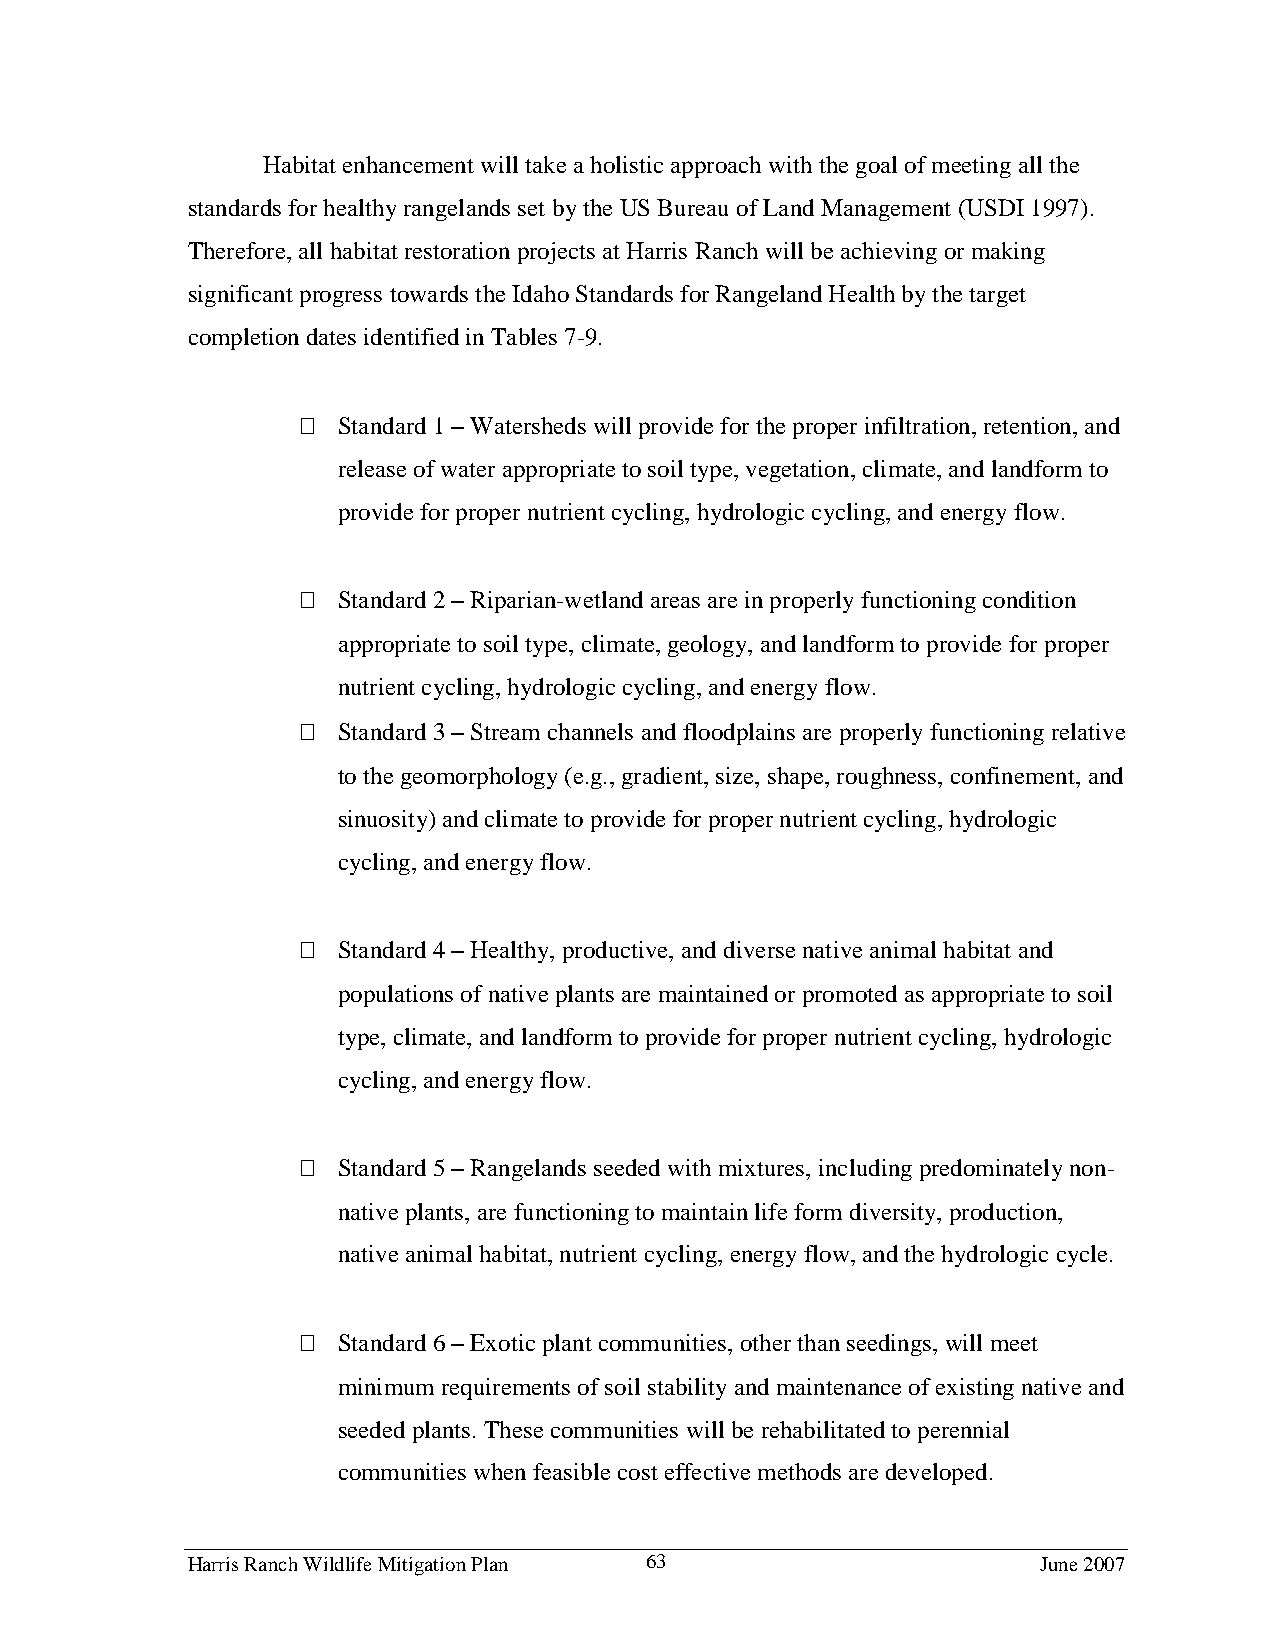
Habitat enhancement will take a holistic approach with the goal of meeting all the
 standards for healthy rangelands set by the US Bureau of Land Management (USDI 1997).
 Therefore, all habitat restoration projects at Harris Ranch will be achieving or making
 significant progress towards the Idaho Standards for Rangeland Health by the target
 completion dates identified in Tables 7-9.
  Standard 1 – Watersheds will provide for the proper infiltration, retention, and
 release of water appropriate to soil type, vegetation, climate, and landform to
 provide for proper nutrient cycling, hydrologic cycling, and energy flow.
  Standard 2 – Riparian-wetland areas are in properly functioning condition
 appropriate to soil type, climate, geology, and landform to provide for proper
 nutrient cycling, hydrologic cycling, and energy flow.
  Standard 3 – Stream channels and floodplains are properly functioning relative
 to the geomorphology (e.g., gradient, size, shape, roughness, confinement, and
 sinuosity) and climate to provide for proper nutrient cycling, hydrologic
 cycling, and energy flow.
  Standard 4 – Healthy, productive, and diverse native animal habitat and
 populations of native plants are maintained or promoted as appropriate to soil
 type, climate, and landform to provide for proper nutrient cycling, hydrologic
 cycling, and energy flow.
  Standard 5 – Rangelands seeded with mixtures, including predominately non-
 native plants, are functioning to maintain life form diversity, production,
 native animal habitat, nutrient cycling, energy flow, and the hydrologic cycle.
  Standard 6 – Exotic plant communities, other than seedings, will meet
 minimum requirements of soil stability and maintenance of existing native and
 seeded plants. These communities will be rehabilitated to perennial
 communities when feasible cost effective methods are developed.
 Harris Ranch Wildlife Mitigation Plan 63                 June 2007